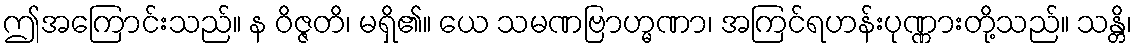
ဤအကြောင်းသည်။ န ဝိဇ္ဇတိ၊ မရှိ၏။ ယေ သမဏဗြာဟ္မဏာ၊ အကြင်ရဟန်းပုဏ္ဏားတို့သည်။ သန္တိ၊